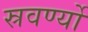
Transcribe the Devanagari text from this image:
स्रवर्ण्यो